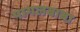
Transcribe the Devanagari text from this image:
पागलबाबा